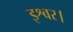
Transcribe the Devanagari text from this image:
इश्वर।